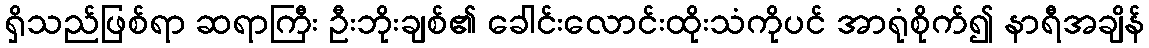
ရှိသည်ဖြစ်ရာ ဆရာကြီး ဦးဘိုးချစ်၏ ခေါင်းလောင်းထိုးသံကိုပင် အာရုံစိုက်၍ နာရီအချိန်